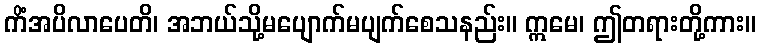
ကိံအပိလာပေတိ၊ အဘယ်သို့မပျောက်မပျက်စေသနည်း။ ဣမေ၊ ဤတရားတို့ကား။